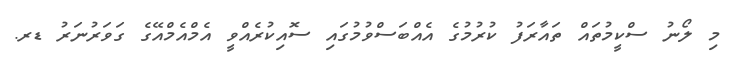
މި ލޯނު ސްކީމުތައް ތައާރަފު ކުރުމުގެ އެއްބަސްވުމުގައި ސޮއިކުރެއްވީ އެމްއެމްއޭގެ ގަވަރުނަރު ޑރ.